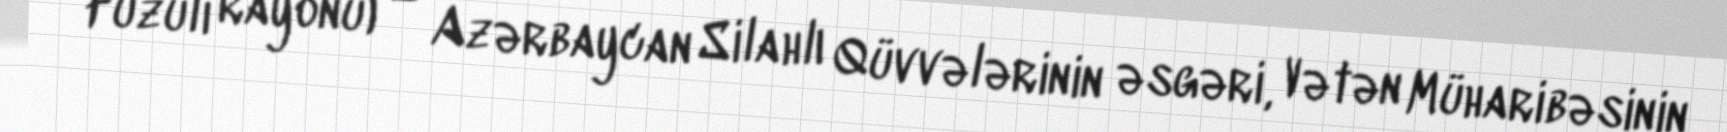
Füzuli rayonu) — Azərbaycan Silahlı Qüvvələrinin əsgəri, Vətən Müharibəsinin